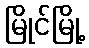
မြိုင်မြို့